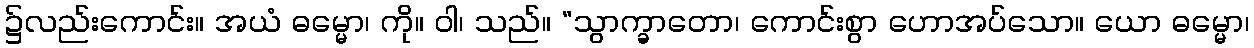
၌လည်းကောင်း။ အယံ ဓမ္မော၊ ကို။ ဝါ၊ သည်။ “သွာက္ခာတော၊ ကောင်းစွာ ဟောအပ်သော။ ယော ဓမ္မော၊